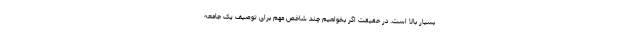
بسیار بالا است. در حقیقت اگر بخواهیم چند شاخص مهم برای توصیف یک جامعه